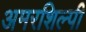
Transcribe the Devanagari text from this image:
अमरशिल्पी